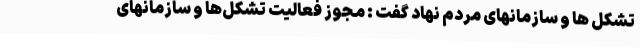
تشکل ها و سازمانهای مردم نهاد گفت : مجوز فعالیت تشکل‌ها و سازمانهای